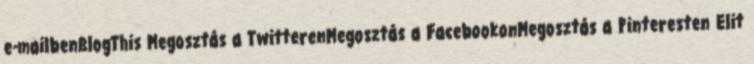
e-mailbenBlogThis Megosztás a TwitterenMegosztás a FacebookonMegosztás a Pinteresten Elit